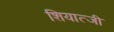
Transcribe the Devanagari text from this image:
शियात्जी